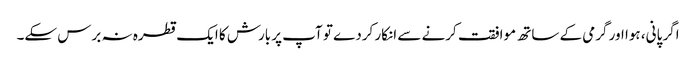
اگر پانی، ہوا اور گرمی کے ساتھ موافقت کرنے سے انکار کردے تو آپ پر بارش کا ایک قطرہ نہ برس سکے۔